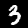
Label: 3